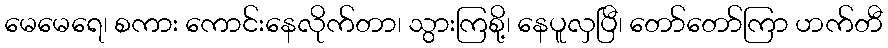
မေမေရေ၊ စကား ကောင်းနေလိုက်တာ၊ သွားကြစို့၊ နေပူလှပြီ၊ တော်တော်ကြာ ဟက်တီ